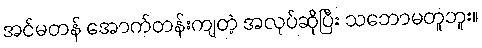
အင်မတန် အောက်တန်းကျတဲ့ အလုပ်ဆိုပြီး သဘောမတူဘူး။